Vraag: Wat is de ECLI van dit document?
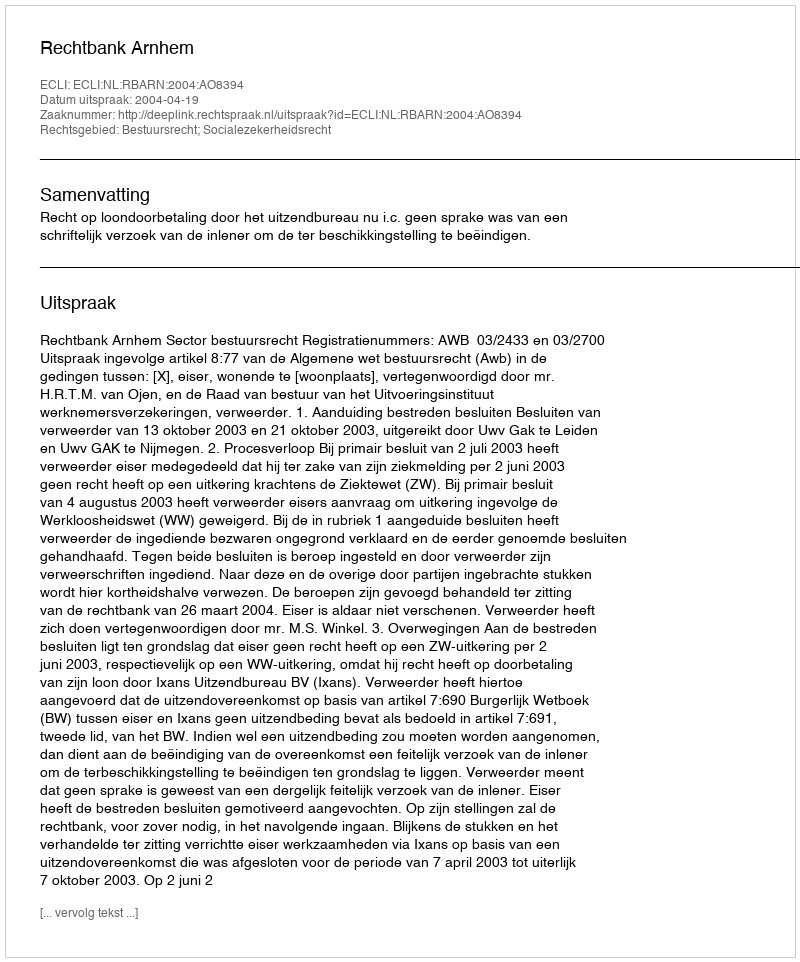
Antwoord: ECLI:NL:RBARN:2004:AO8394